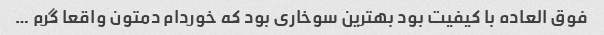
فوق العاده با کیفیت بود بهترین سوخاری بود که خوردام دمتون واقعا گرم …